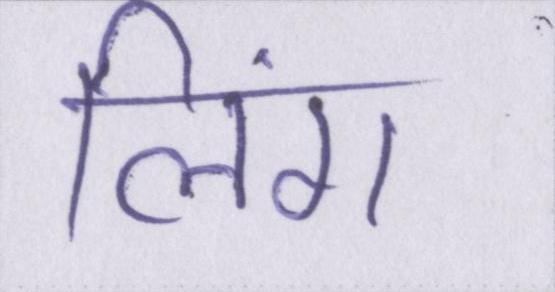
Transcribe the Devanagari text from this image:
लिंग